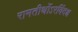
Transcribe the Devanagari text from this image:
रामतीर्थोऽरविंदश्च